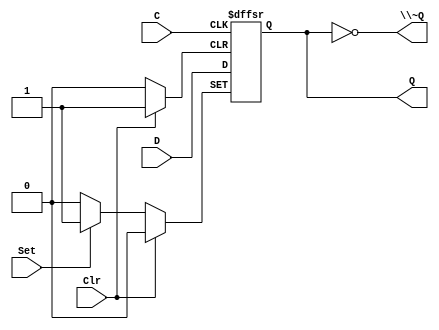
/*
 * Generated by Digital. Don't modify this file!
 * Any changes will be lost if this file is regenerated.
 */

module DIG_D_FF_AS_1bit
#(
    parameter Default = 0
)
(
   input Set,
   input D,
   input C,
   input Clr,
   output Q,
   output \~Q
);
    reg state;

    assign Q = state;
    assign \~Q  = ~state;

    always @ (posedge C or posedge Clr or posedge Set)
    begin
        if (Set)
            state <= 1'b1;
        else if (Clr)
            state <= 'h0;
        else
            state <= D;
    end

    initial begin
        state = Default;
    end
endmodule

module controller (
  input rst,
  input zero,
  input clk,
  input beginn,
  input reset,
  input endd,
  output load,
  output start,
  output countdown
);
  wire load_temp;
  wire countdown_temp;
  wire s0;
  wire s1;
  assign load_temp = (~ rst | reset);
  assign s1 = (load_temp | zero);
  assign start = (beginn | countdown_temp);
  assign countdown_temp = (s0 & endd);
  DIG_D_FF_AS_1bit #(
    .Default(0)
  )
  DIG_D_FF_AS_1bit_i0 (
    .Set( beginn ),
    .D( s0 ),
    .C( clk ),
    .Clr( s1 ),
    .Q( s0 )
  );
  assign load = load_temp;
  assign countdown = countdown_temp;
endmodule